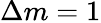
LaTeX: \Delta m=1